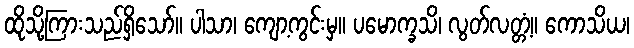
ထိုသို့ကြားသည်ရှိသော်။ ပါသာ၊ ကျော့ကွင်းမှ။ ပမောက္ခသိ၊ လွတ်လတ္တံ့။ ကောသိယ၊